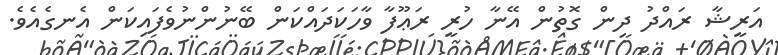
އަރީޝާ ރައްދު ދިން ގޮތުން އޭނާ ހުރީ ރަޢޫފާ ވާހަކަދައްކަން ބޭނުންނުވެފައިކަން އެނގެއެވެ.